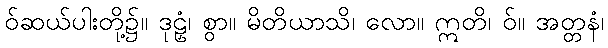
ဝ်ဆယ်ပါးတို့၌။ ဒုဠှံ၊ စွာ။ မိတိယာသိ၊ လော။ ဣတိ၊ ဝ်။ အတ္တနံ၊